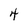
Character: 4